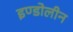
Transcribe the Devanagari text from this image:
इण्डोलीन